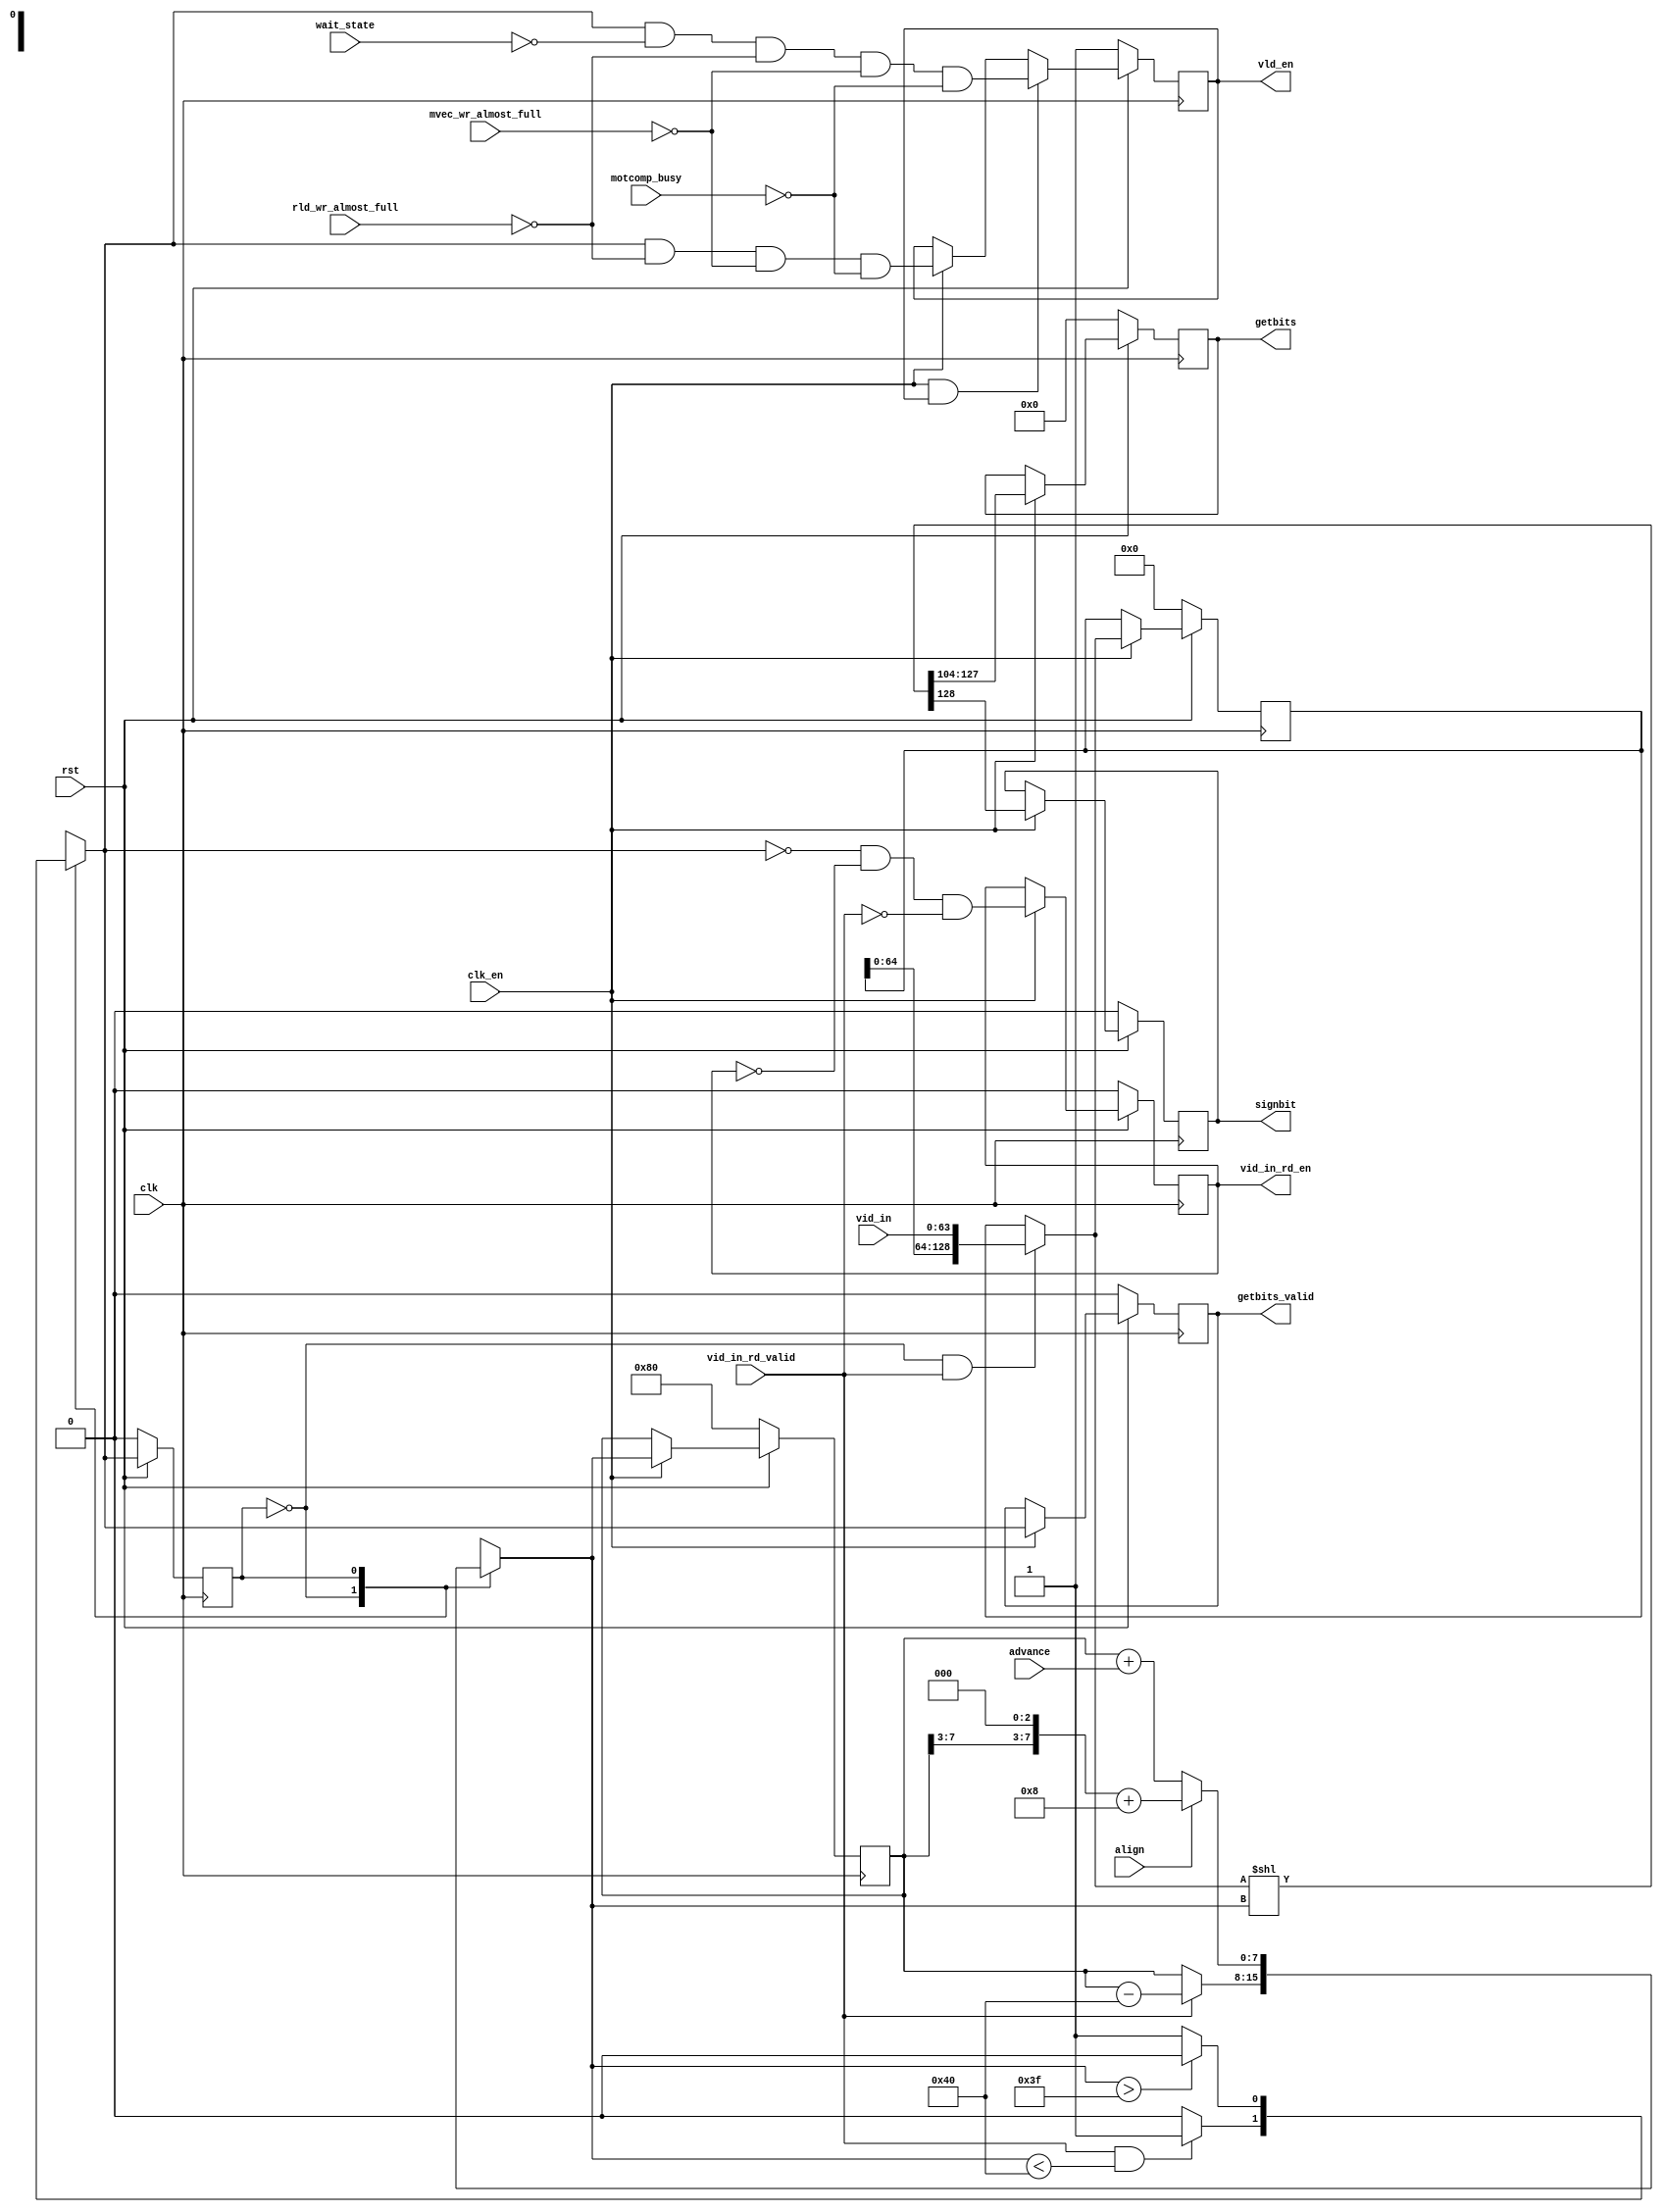
module getbits_fifo (clk, clk_en, rst, 
   vid_in, vid_in_rd_en, vid_in_rd_valid,
   advance, align,
   getbits, signbit, getbits_valid,
   wait_state, rld_wr_almost_full, mvec_wr_almost_full, motcomp_busy, vld_en);

  input            clk;                      // clock
  input            clk_en;                   // clock enable
  input            rst;                      // synchronous active low reset

  input      [63:0]vid_in;
  output reg       vid_in_rd_en;
  input            vid_in_rd_valid;

  input       [4:0]advance;                  // number of bits to advance the bitstream (advance <= 24). Enabled when getbits_valid asserted.
  input            align;                    // byte-align getbits and move forward one byte. Enabled when getbits_valid asserted.
  input            wait_state;               // asserted if vld needs to be frozen next clock cycle.
  input            rld_wr_almost_full;       // asserted if rld fifo almost full
  input            mvec_wr_almost_full;      // asserted if motion vector fifo almost full
  input            motcomp_busy;             // asserted if motcomp fifo almost full

  output reg [23:0]getbits;                  // bit-aligned elementary stream data. 
  output reg       signbit;                  // In table B-14 and B-15, the rightmost bit of the variable length code is the sign bit.
                                             // When decoding DCT variable length codes, signbit contains the sign bit of the
                                             // previous clock's coefficient.

  output reg       getbits_valid;            // getbits_valid is asserted when getbits is valid.
  output reg       vld_en;                   // vld clock enable

  reg       [128:0]dta;                      // 129 bits. No typo.
  reg       [103:0]dummy;                    // dummy variable, not used.
  reg         [7:0]cursor;
  reg       [128:0]next_dta;
  reg         [7:0]next_cursor;
  reg        [23:0]next_getbits;
  reg              next_signbit;

  parameter 
    STATE_INIT      = 1'b0,
    STATE_READY     = 1'b1;

  reg               state;
  reg               next;

  /* next state logic */
  always @*
    case (state)
      STATE_INIT:  if (vid_in_rd_valid && (next_cursor < 8'd64)) next = STATE_READY;
                   else next = STATE_INIT;

      STATE_READY: if (next_cursor > 63) next = STATE_INIT;
                   else next = STATE_READY;

      default      next = STATE_INIT;
    endcase

  /* state */
  always @(posedge clk)
    if(~rst) state <= STATE_INIT;
    else if (clk_en) state <= next;
    else state <= next;

  /* registers */

  always @*
    if ((state == STATE_INIT) && vid_in_rd_valid) next_dta = {dta[64:0], vid_in};
    else next_dta = dta;

  wire [7:0]cursor_aligned = {cursor[7:3], 3'b0};
  wire [7:0]advance_ext = {3'b0, advance};

  always @*
    case (state)
      STATE_INIT:  if (vid_in_rd_valid) next_cursor = cursor - 8'd64;
                   else next_cursor = cursor;
      
      STATE_READY: if (align) next_cursor = cursor_aligned + 8'd8;
                   else next_cursor = cursor + advance_ext;

      default      next_cursor = cursor;
    endcase

  always @*
    {next_signbit, next_getbits, dummy} = next_dta << next_cursor;

  always @(posedge clk)
    if (~rst) dta <= 129'b0;
    else if (clk_en) dta <= next_dta;
    else dta <= dta;

  always @(posedge clk)
    if (~rst) cursor <= 8'd128;
    else if (clk_en) cursor <= next_cursor;
    else cursor <= cursor;

  always @(posedge clk)
    if (~rst) signbit <= 1'b0;
    else if (clk_en) signbit <= next_signbit;
    else signbit <= signbit;

  always @(posedge clk)
    if (~rst) getbits <= 24'b0;
    else if (clk_en) getbits <= next_getbits;
    else getbits <= getbits;

  always @(posedge clk)
    if (~rst) getbits_valid <= 1'b0;
    else if (clk_en) getbits_valid <= (next == STATE_READY);
    else getbits_valid <= getbits_valid;

  always @(posedge clk)
    if (~rst) vid_in_rd_en <= 1'b0;
    else if (clk_en) vid_in_rd_en <= (next == STATE_INIT) && ~vid_in_rd_en && ~vid_in_rd_valid;
    else vid_in_rd_en <= vid_in_rd_en;

  /* vld clock enable */

  /*
   * variable length decoding and fifo take turns;
   * First vld determines how much to move forward in the bitstream;
   * next clock, getbits moves that amount forward in the stream while vld waits;
   * then vld analyzes the new position in the bitstream while getbits waits,
   * and so on.
   */

  always @(posedge clk)
    if (~rst) vld_en <= 1'b1;
    // enable vld when getbits, rld, and motcomp ready, and not a wait state
    else if (clk_en && vld_en) vld_en <= (next == STATE_READY) && ~wait_state && ~rld_wr_almost_full && ~mvec_wr_almost_full && ~motcomp_busy;
    else if (clk_en) vld_en <= (next == STATE_READY) && ~rld_wr_almost_full && ~mvec_wr_almost_full && ~motcomp_busy;                
    else vld_en <= vld_en;

  /* Debugging */
`ifdef DEBUG
   always @(posedge clk)
     if (clk_en)
       $strobe("%m\\\\\\\\\\\\\\\\\\\\\\\\\\\\\\\\tvid_in: %h vid_in_rd_en: %d vid_in_rd_valid: %d advance: %d align: %d state: %d dta: %h cursor: %h signbit: %d getbits: %h getbits_valid: %d ",
                    vid_in, vid_in_rd_en, vid_in_rd_valid, advance, align, state, dta, cursor, signbit, getbits, getbits_valid);
`endif

endmodule